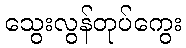
သွေးလွန်တုပ်ကွေး